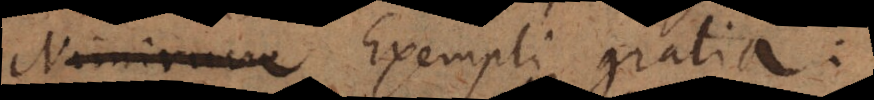
. Exempli gratia: